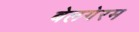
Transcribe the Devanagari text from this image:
बेलगेरम